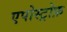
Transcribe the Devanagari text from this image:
एपोस्ट्रोफ़